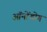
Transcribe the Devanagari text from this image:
ऑनोंडोग